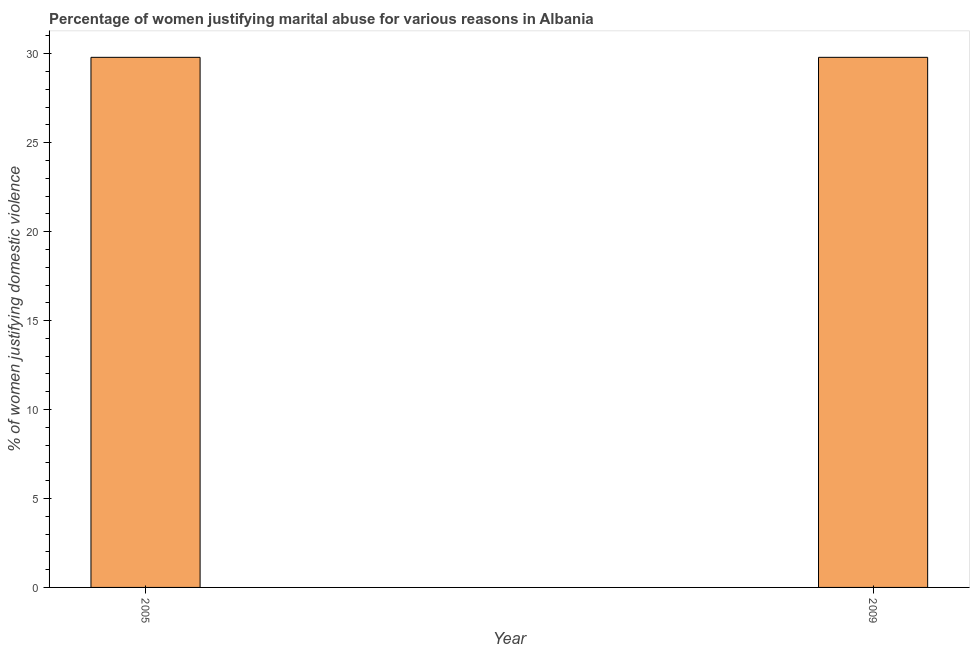
| Year | Physical abuse |
 | --- | --- |
 | 2005 | 29.8 |
 | 2009 | 29.8 |